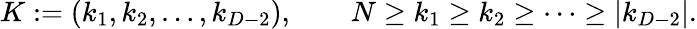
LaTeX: K:=(k_{1},k_{2},\ldots,k_{D-2}),\qquad N\geq k_{1}\geq k_{2}\geq\cdots\geq|k_{D-2}|.